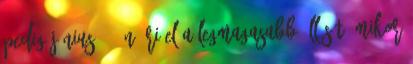
pedig június 22-én éri el a legmagasabb állását, mikor